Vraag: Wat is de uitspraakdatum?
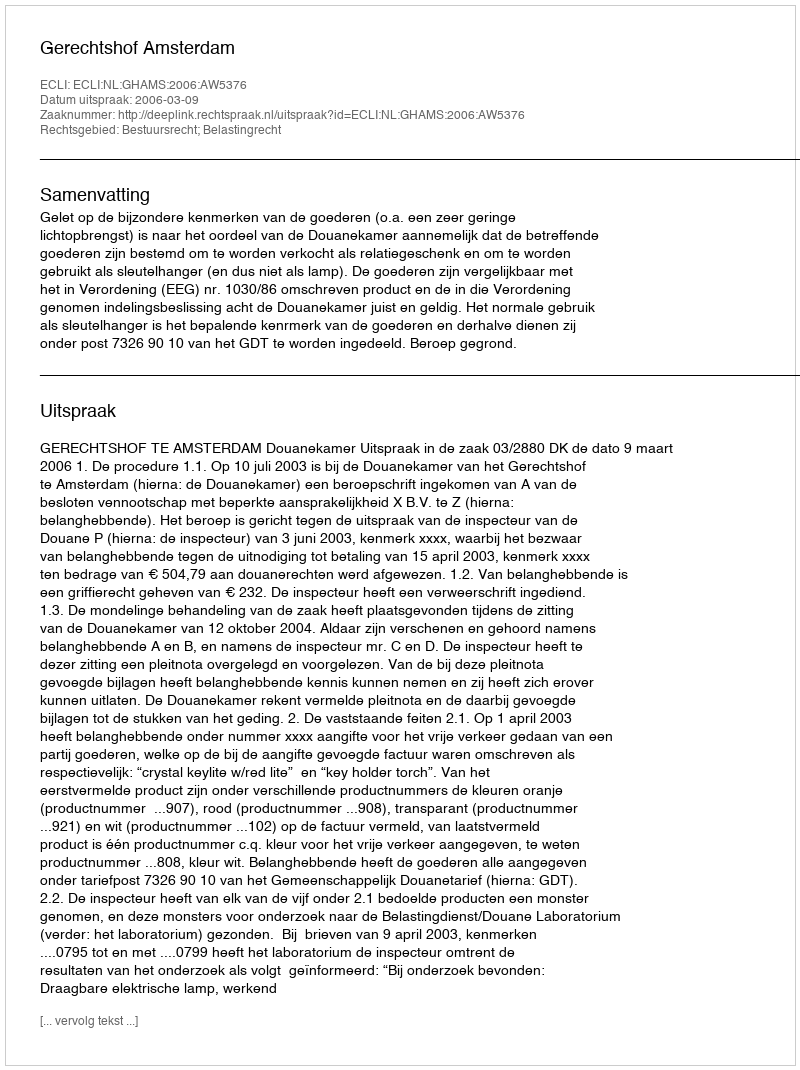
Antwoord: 2006-03-09